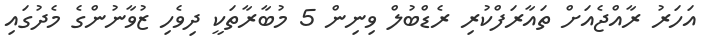
އަހަރު ރާއްޖެއަށް ތައާރަފްކުރި ރެޑްބުލް ވިނިން 5 މުބާރާތަކީ ދިވެހި ޒުވާނުންގެ މެދުގައި